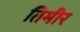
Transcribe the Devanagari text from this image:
तिमीर